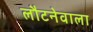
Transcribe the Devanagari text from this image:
लौटनेवाला